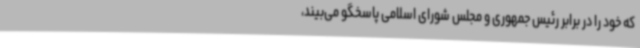
که خود را در برابر رئیس جمهوری و مجلس شورای اسلامی پاسخگو می‌بیند،